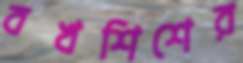
বখশিশের